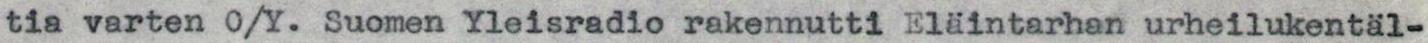
tia varten O/Y. Suomen Yleisradio rakennutti Eläintarhan urheilukentäl-